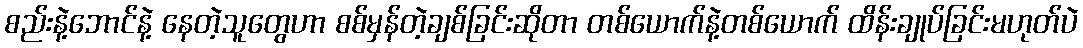
စည်းနဲ့ဘောင်နဲ့ နေတဲ့သူတွေဟာ စစ်မှန်တဲ့ချစ်ခြင်းဆိုတာ တစ်ယောက်နဲ့တစ်ယောက် ထိန်းချုပ်ခြင်းမဟုတ်ပဲ